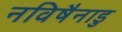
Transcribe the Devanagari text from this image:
नविषैनाडु